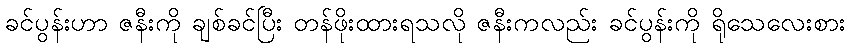
ခင်ပွန်းဟာ ဇနီးကို ချစ်ခင်ပြီး တန်ဖိုးထားရသလို ဇနီးကလည်း ခင်ပွန်းကို ရိုသေလေးစား